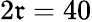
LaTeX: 2\mathfrak{r}=40